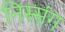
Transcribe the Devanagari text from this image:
निस्संग